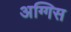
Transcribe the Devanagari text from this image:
अग्गिस